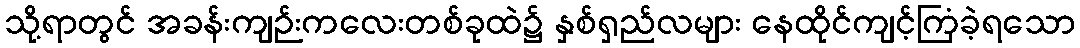
သို့ရာတွင် အခန်းကျဉ်းကလေးတစ်ခုထဲ၌ နှစ်ရှည်လများ နေထိုင်ကျင့်ကြံခဲ့ရသော